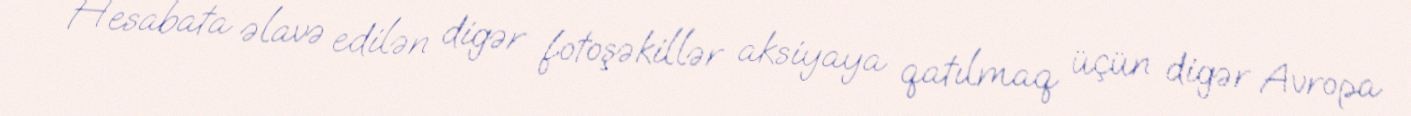
Hesabata əlavə edilən digər fotoşəkillər aksiyaya qatılmaq üçün digər Avropa